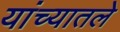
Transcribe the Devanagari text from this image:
यांच्यातले